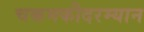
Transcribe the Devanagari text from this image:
चकमकीदरम्यान